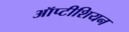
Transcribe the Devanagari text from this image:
ऑप्टीशियन